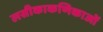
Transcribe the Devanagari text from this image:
लसीकाकणिकाओं